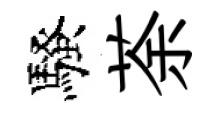
騷荼